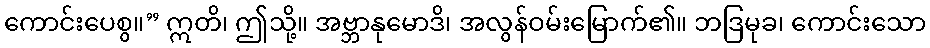
ကောင်းပေစွ။” ဣတိ၊ ဤသို့။ အဗ္ဘာနုမောဒိ၊ အလွန်ဝမ်းမြောက်၏။ ဘဒြမုခ၊ ကောင်းသော